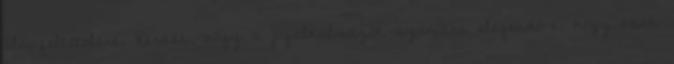
alapfeltételére. Kérdés, hogy a jogalkalmazók számára elegendő-e, hogy csak